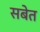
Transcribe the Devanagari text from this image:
सबेत